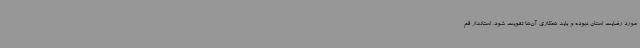
مورد رضایت استان نبوده و باید همکاری آن‌ها تقویت شود. استاندار قم